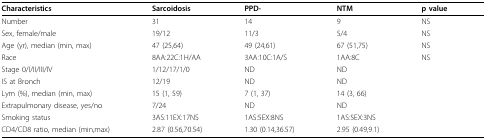
<table><thead><tr><td><b>Characteristics</b></td><td><b>Sarcoidosis</b></td><td><b>PPD-</b></td><td><b>NTM</b></td><td><b>p value</b></td></tr></thead><tbody><tr><td>Number</td><td>31</td><td>14</td><td>9</td><td>NS</td></tr><tr><td>Sex, female/male</td><td>19/12</td><td>11/3</td><td>5/4</td><td>NS</td></tr><tr><td>Age (yr), median (min, max)</td><td>47 (25,64)</td><td>49 (24,61)</td><td>67 (51,75)</td><td>NS</td></tr><tr><td>Race</td><td>8AA:22C:1H/AA</td><td>3AA:10C:1A/S</td><td>1AA:8C</td><td>NS</td></tr><tr><td>Stage 0/I/II/III/IV</td><td>1/12/17/1/0</td><td>ND</td><td>ND</td><td></td></tr><tr><td>IS at Bronch</td><td>12/19</td><td>ND</td><td>ND</td><td></td></tr><tr><td>Lym (%), median (min, max)</td><td>15 (1, 59)</td><td>7 (1, 37)</td><td>14 (3, 66)</td><td></td></tr><tr><td>Extrapulmonary disease, yes/no</td><td>7/24</td><td>ND</td><td>ND</td><td></td></tr><tr><td>Smoking status</td><td>3AS:11EX:17NS</td><td>1AS:5EX:8NS</td><td>1AS:5EX:3NS</td><td></td></tr><tr><td>CD4/CD8 ratio, median (min,max)</td><td>2.87 (0.56,70.54)</td><td>1.30 (0.14,36.57)</td><td>2.95 (0.49,9.1)</td><td></td></tr></tbody></table>